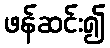
ဖန်ဆင်း၍